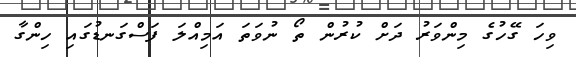
ވިހަ ގޭހުގެ މިންވަރު ދަށް ކުރުން ތޯ ނުވަތަ އަމިއްލަ ފަސްގަނޑުގައި ހިންގާ